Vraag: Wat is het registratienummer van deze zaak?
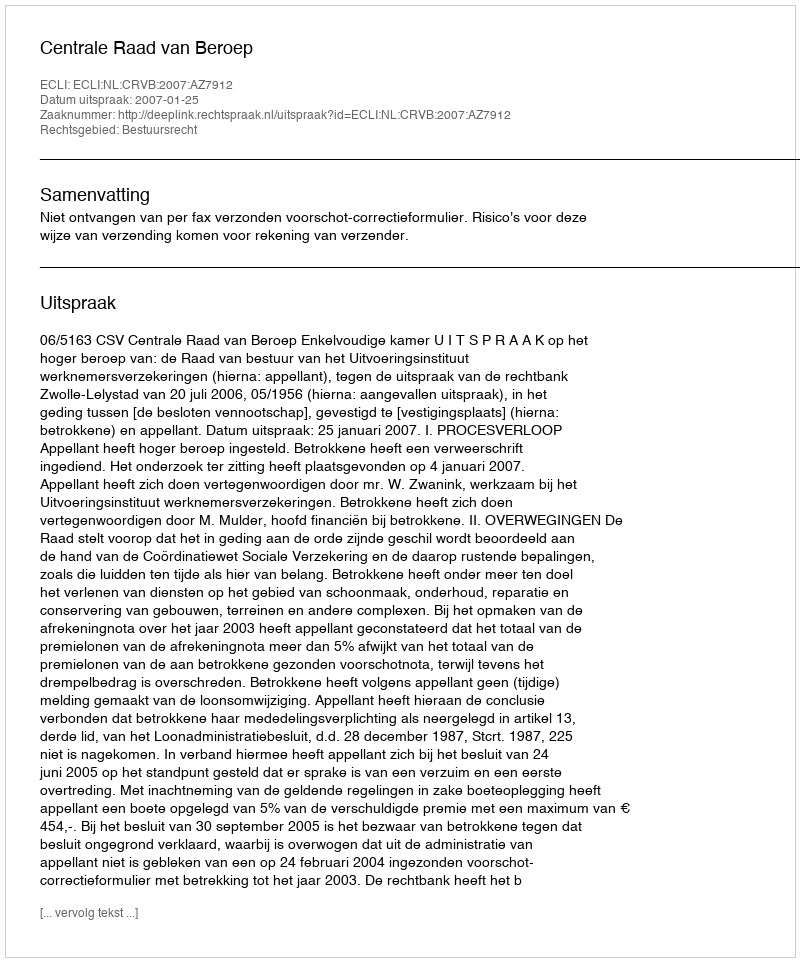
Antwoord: http://deeplink.rechtspraak.nl/uitspraak?id=ECLI:NL:CRVB:2007:AZ7912